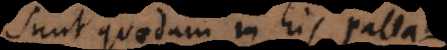
Sunt quaedam in his Palla